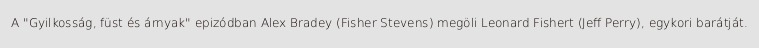
A "Gyilkosság, füst és árnyak" epizódban Alex Bradey (Fisher Stevens) megöli Leonard Fishert (Jeff Perry), egykori barátját.